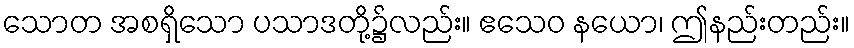
သောတ အစရှိသော ပသာဒတို့၌လည်း။ ဧသေဝ နယော၊ ဤနည်းတည်း။